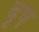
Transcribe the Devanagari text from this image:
दृष